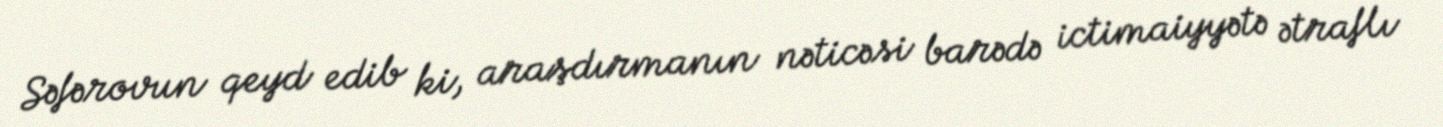
Səfərovun qeyd edib ki, araşdırmanın nəticəsi barədə ictimaiyyətə ətraflı